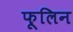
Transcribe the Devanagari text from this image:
फूलिन